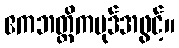
ဧကဘတ္တိကပုဒ်အဖွင့်။